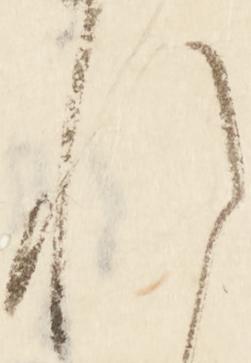
れ